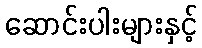
ဆောင်းပါးများနှင့်